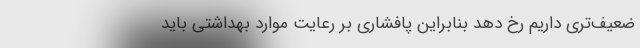
ضعیف‌تری داریم رخ دهد بنابراین پافشاری بر رعایت موارد بهداشتی باید